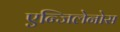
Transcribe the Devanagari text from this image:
एन्जिलेनोस